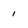
Character: 1